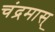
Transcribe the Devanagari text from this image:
चंद्रमास्